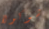
شوكولا